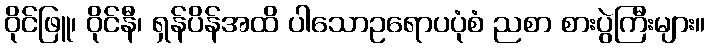
ဝိုင်ဖြူ၊ ဝိုင်နီ၊ ရှန်ပိန်အထိ ပါသောဥရောပပုံစံ ညစာ စားပွဲကြီးများ။